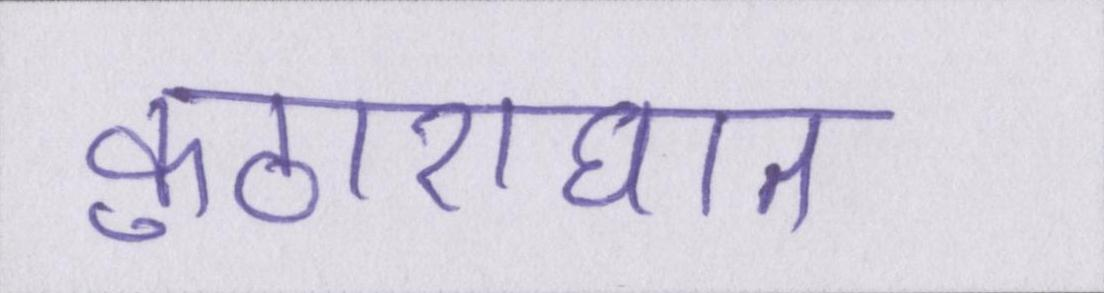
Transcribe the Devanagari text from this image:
कुठाराघात